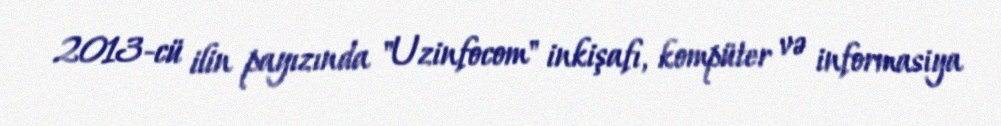
2013-cü ilin payızında "Uzinfocom" inkişafı, kompüter və informasiya